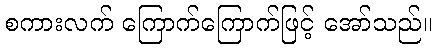
စကားလက် ကြောက်ကြောက်ဖြင့် အော်သည်။